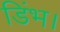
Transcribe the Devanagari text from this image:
डिंभ।